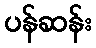
ပန်ဆန်း